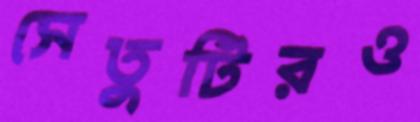
সেতুটিরও